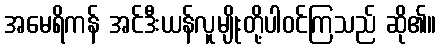
အမေရိကန် အင်ဒီးယန်လူမျိုးတို့ပါဝင်ကြသည် ဆို၏။